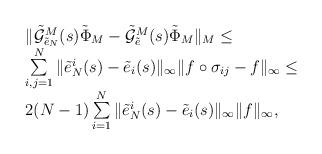
LaTeX: \begin{align*}\begin{array}{l}\|\tilde{\mathcal{G}}_{\tilde{e}_N}^M(s)\tilde\Phi_M-\tilde{\mathcal{G}}_{\tilde{e}}^M(s)\tilde\Phi_M\|_M\leq\\\sum\limits_{i,j=1}^N\|\tilde{e}_N^i(s)-\tilde{e}_i(s)\|_\infty\|f\circ\sigma_{ij}-f\|_{\infty}\leq\\2(N-1)\sum\limits_{i=1}^N\|\tilde{e}_N^i(s)-\tilde{e}_i(s)\|_\infty\|f\|_{\infty},\end{array}\end{align*}